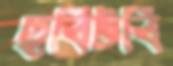
ছবিটবি